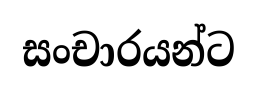
සංචාරයන්ට